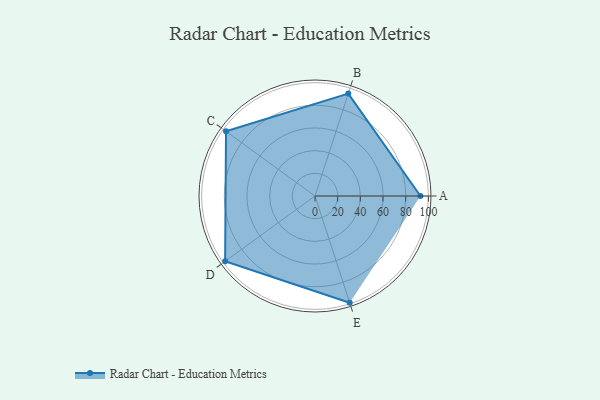
{"axis": {"x": "Skill", "y": "Score"}, "legend": ["Profile"], "data": [{"x": "A", "y": 93.0, "type": "Profile"}, {"x": "B", "y": 95.0, "type": "Profile"}, {"x": "C", "y": 97.0, "type": "Profile"}, {"x": "D", "y": 98.0, "type": "Profile"}, {"x": "E", "y": 99.0, "type": "Profile"}]}